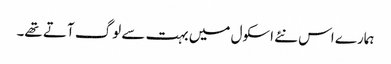
ہمارے اس نئے اسکول میں بہت سے لوگ آتے تھے۔